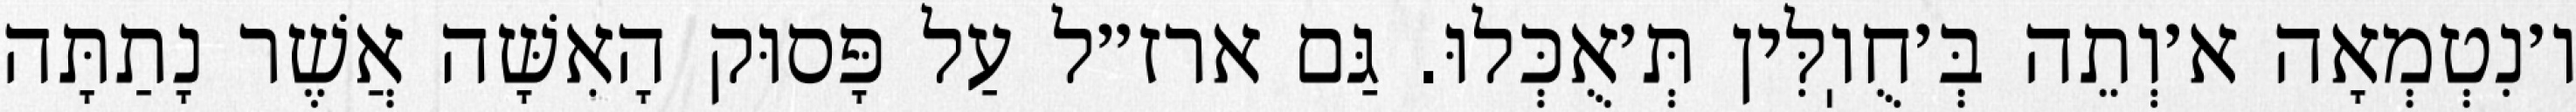
ו׳נִטְמְאָה א׳וְתֵה בְּ׳חֻוֽלִּין תְּ׳אֻכְּלוּ. גַּם ארז״ל עַל פָּסוּק הָאִשָּׁה אֲשֶׁר נָתַתָּה